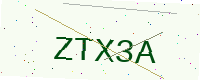
Text: ZTX3A